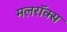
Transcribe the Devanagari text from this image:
मलरॉक्स